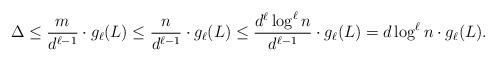
LaTeX: \begin{align*}\Delta\leq \frac{m}{d^{\ell-1}}\cdot g_{\ell}(L)\leq \frac{n}{d^{\ell-1}}\cdot g_{\ell}(L)\leq\frac{d^{\ell}\log^{\ell} n}{d^{\ell-1}}\cdot g_{\ell}(L)=d\log^{\ell} n\cdot g_{\ell}(L).\end{align*}